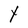
Character: Y